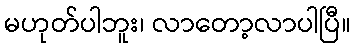
မဟုတ်ပါဘူး၊ လာတော့လာပါပြီ။